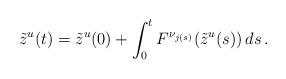
LaTeX: \begin{align*} \tilde{z}^u(t) = \tilde{z}^u(0) + \int_0^t F^{\nu_{j(s)}} (\tilde{z}^{u}(s))\, ds\,. \end{align*}